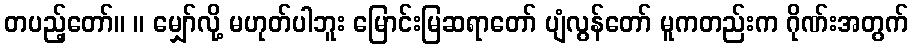
တပည့်တော်။ ။ မျှော်လို့ မဟုတ်ပါဘူး မြောင်းမြဆရာတော် ပျံလွန်တော် မူကတည်းက ဂိုဏ်းအတွက်